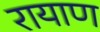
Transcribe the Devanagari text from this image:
रायाण